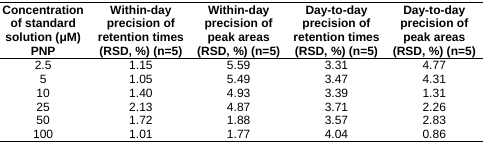
<table><thead><tr><td><b>Concentration of standard solution (μM) PNP</b></td><td><b>Within-day precision of retention times (RSD, %) (n=5)</b></td><td><b>Within-day precision of peak areas (RSD, %) (n=5)</b></td><td><b>Day-to-day precision of retention times (RSD, %) (n=5)</b></td><td><b>Day-to-day precision of peak areas (RSD, %) (n=5)</b></td></tr></thead><tbody><tr><td>2.5</td><td>1.15</td><td>5.59</td><td>3.31</td><td>4.77</td></tr><tr><td>5</td><td>1.05</td><td>5.49</td><td>3.47</td><td>4.31</td></tr><tr><td>10</td><td>1.40</td><td>4.93</td><td>3.39</td><td>1.31</td></tr><tr><td>25</td><td>2.13</td><td>4.87</td><td>3.71</td><td>2.26</td></tr><tr><td>50</td><td>1.72</td><td>1.88</td><td>3.57</td><td>2.83</td></tr><tr><td>100</td><td>1.01</td><td>1.77</td><td>4.04</td><td>0.86</td></tr></tbody></table>